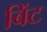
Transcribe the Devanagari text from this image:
बिंट